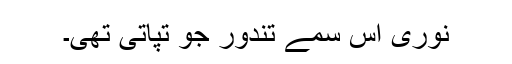
نوری اس سمے تندور جو تپاتی تھی۔